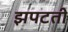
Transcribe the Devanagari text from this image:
झपटती